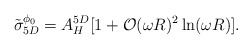
\begin{align*}\tilde \sigma_{5D}^{\phi_0} = A_H^{5D}[ 1 + {\cal O} (\omega R)^2 \ln(\omega R)].\end{align*}